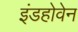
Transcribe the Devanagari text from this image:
इंडहोवेन